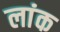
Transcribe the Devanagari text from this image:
लांक